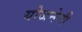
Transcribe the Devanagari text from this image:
योजनेनी